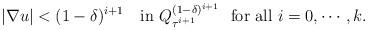
LaTeX: \begin{align*}|\nabla u|< (1-\delta)^{i+1}\quad\mbox{in }Q^{(1-\delta)^{i+1}}_{\tau^{i+1}} \ \mbox{ for all }i=0,\cdots, k.\end{align*}